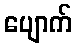
ပျောက်